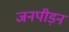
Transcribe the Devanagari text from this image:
जनपीड़न